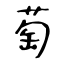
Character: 萄